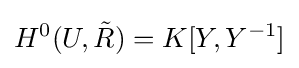
H^{0}(U,{\tilde {R}})=K[Y,Y^{-1}]